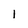
Character: l